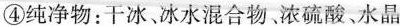
④纯净物：干冰、冰水混合物。浓硫酸、水晶